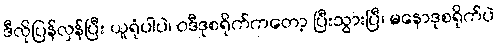
ဒီလိုပြန်လှန်ပြီး ယူရုံပါပဲ၊ ဝဒီဒုစရိုက်ကတော့ ပြီးသွားပြီ၊ မနောဒုစရိုက်ပဲ